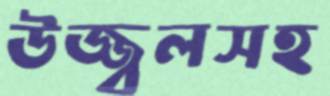
উজ্জ্বলসহ